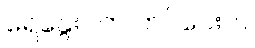
ရေနွေးပတ် တင်ပေးပါ။